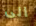
الى